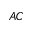
_ { A C }